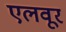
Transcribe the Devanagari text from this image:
एलवूर